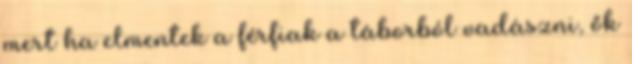
mert ha elmentek a férfiak a táborból vadászni, ők